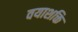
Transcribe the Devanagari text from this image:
वयाशक्ति